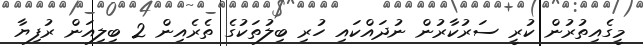
މީގެއިތުރުން ކުރީ ސަރުކާރުން ނުދައްކައި ހުރި ބިލުތަކުގެ ތެރެއިން 2 ބިލިއަން ރުފިޔާ